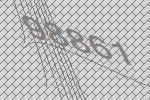
98861